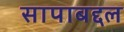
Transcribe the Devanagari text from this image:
सापाबद्दल